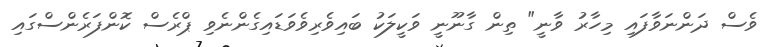
ވެސް ދަންނަވާފައި މިހާރު ވާނީ" ތިން ގާނޫނީ ވަކީލަކު ބައިވެރިވެވަޑައިގެންނެވި ޕްރެސް ކޮންފަރެންސްގައި